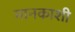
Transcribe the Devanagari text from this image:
मानकाशी